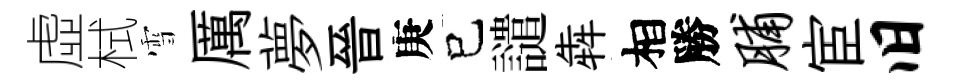
虛栻雪厲夢晉庚已譴犇相勝脯宦旧